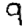
Digit: 9